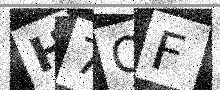
Text: H7QF